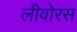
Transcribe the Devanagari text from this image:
लीवोरस